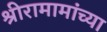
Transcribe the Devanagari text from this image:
श्रीरामामांच्या